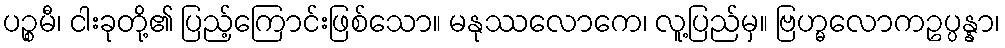
ပဉ္စမီ၊ ငါးခုတို့၏ ပြည့်ကြောင်းဖြစ်သော။ မနုဿလောကေ၊ လူ့ပြည်မှ။ ဗြဟ္မလောကဥပ္ပန္နာ၊